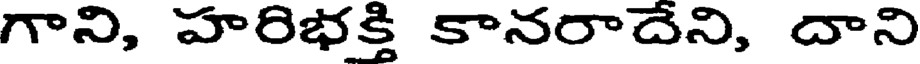
గాని, హరిభక్తి కానరాదేని, దాని